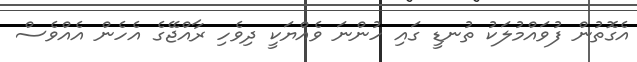
އެގޮތުން ފުވައްމުލަކު ތުނޑީ ގައި ހުންނަ ވެއްޔަކީ ދިވެހި ރާއްޖޭގެ އެހެން އެއްވެސް